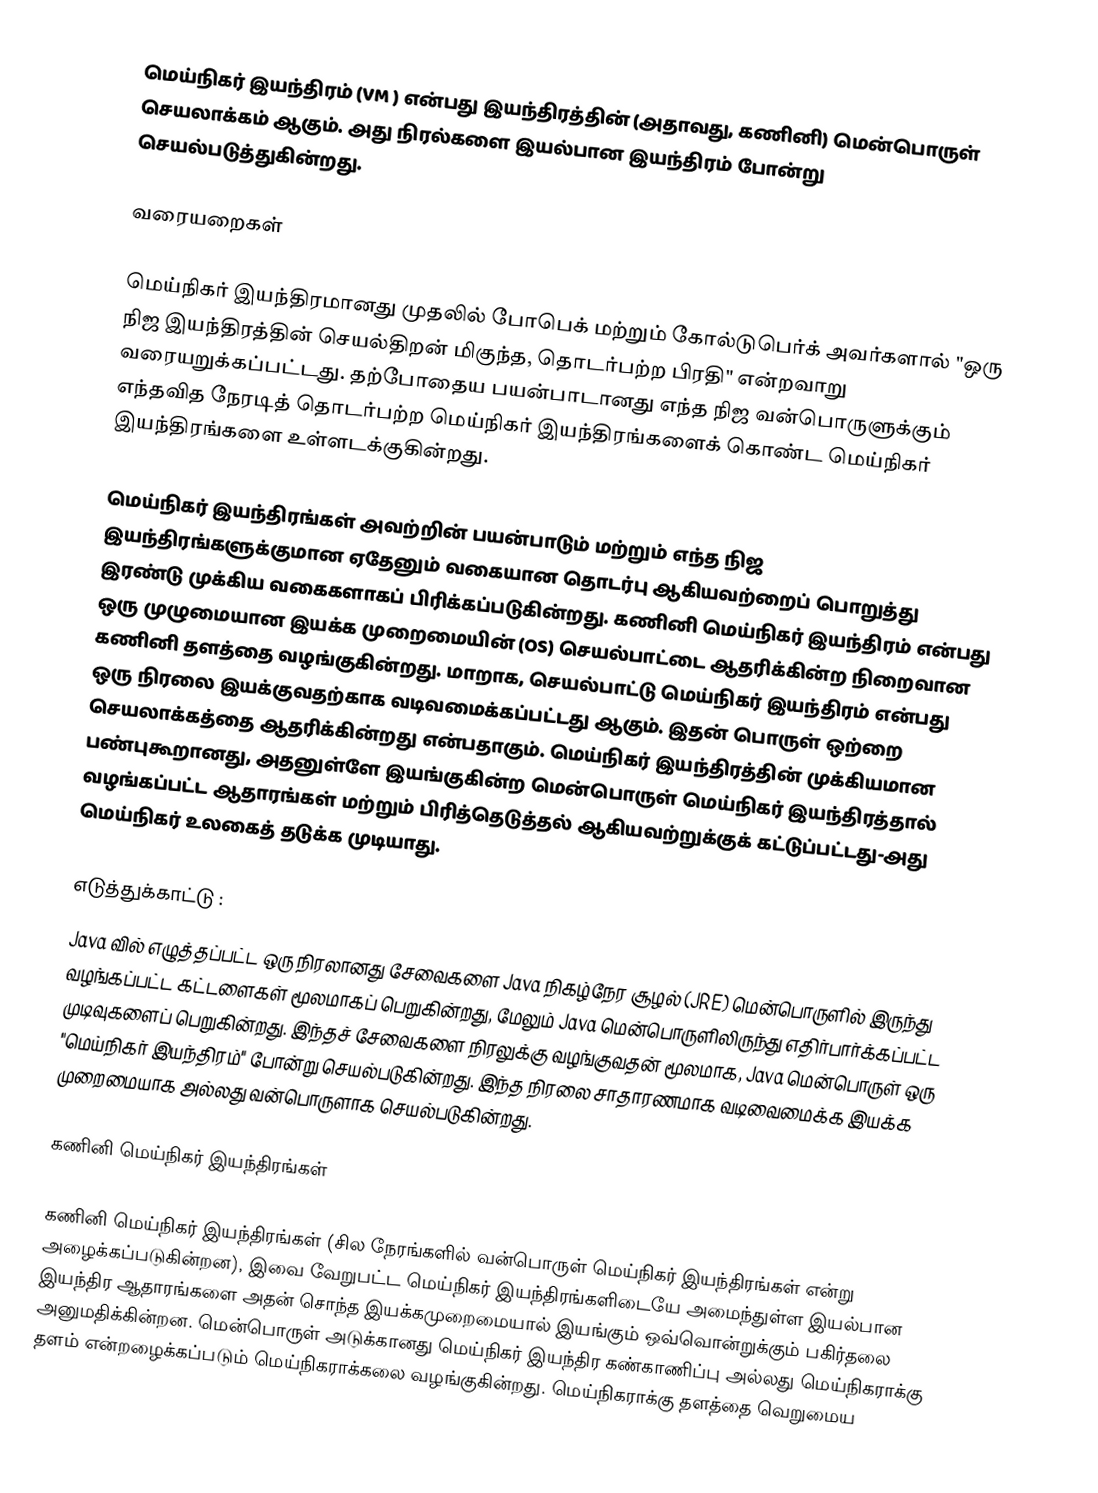
மெய்நிகர் இயந்திரம்  (VM ) என்பது இயந்திரத்தின் (அதாவது, கணினி) மென்பொருள் செயலாக்கம் ஆகும். அது நிரல்களை இயல்பான இயந்திரம் போன்று செயல்படுத்துகின்றது.

வரையறைகள்

மெய்நிகர் இயந்திரமானது முதலில் போபெக் மற்றும் கோல்டுபெர்க் அவர்களால் "ஒரு நிஜ இயந்திரத்தின் செயல்திறன் மிகுந்த, தொடர்பற்ற பிரதி" என்றவாறு வரையறுக்கப்பட்டது. தற்போதைய பயன்பாடானது எந்த நிஜ வன்பொருளுக்கும் எந்தவித நேரடித் தொடர்பற்ற மெய்நிகர் இயந்திரங்களைக் கொண்ட மெய்நிகர் இயந்திரங்களை உள்ளடக்குகின்றது.

மெய்நிகர் இயந்திரங்கள் அவற்றின் பயன்பாடும் மற்றும் எந்த நிஜ இயந்திரங்களுக்குமான ஏதேனும் வகையான தொடர்பு ஆகியவற்றைப் பொறுத்து இரண்டு முக்கிய வகைகளாகப் பிரிக்கப்படுகின்றது. கணினி மெய்நிகர் இயந்திரம் என்பது ஒரு முழுமையான இயக்க முறைமையின் (OS) செயல்பாட்டை ஆதரிக்கின்ற நிறைவான கணினி தளத்தை வழங்குகின்றது. மாறாக, செயல்பாட்டு மெய்நிகர் இயந்திரம் என்பது ஒரு நிரலை இயக்குவதற்காக வடிவமைக்கப்பட்டது ஆகும். இதன் பொருள் ஒற்றை செயலாக்கத்தை ஆதரிக்கின்றது என்பதாகும். மெய்நிகர் இயந்திரத்தின் முக்கியமான பண்புகூறானது, அதனுள்ளே இயங்குகின்ற மென்பொருள் மெய்நிகர் இயந்திரத்தால் வழங்கப்பட்ட ஆதாரங்கள் மற்றும் பிரித்தெடுத்தல் ஆகியவற்றுக்குக் கட்டுப்பட்டது-அது மெய்நிகர் உலகைத் தடுக்க முடியாது.

எடுத்துக்காட்டு :
Java வில் எழுத்தப்பட்ட ஒரு நிரலானது சேவைகளை Java நிகழ்நேர சூழல் (JRE) மென்பொருளில் இருந்து வழங்கப்பட்ட கட்டளைகள் மூலமாகப் பெறுகின்றது, மேலும் Java மென்பொருளிலிருந்து எதிர்பார்க்கப்பட்ட முடிவுகளைப் பெறுகின்றது. இந்தச் சேவைகளை நிரலுக்கு வழங்குவதன் மூலமாக, Java மென்பொருள் ஒரு "மெய்நிகர் இயந்திரம்" போன்று செயல்படுகின்றது. இந்த நிரலை சாதாரணமாக வடிவைமைக்க இயக்க முறைமையாக அல்லது வன்பொருளாக செயல்படுகின்றது.

கணினி மெய்நிகர் இயந்திரங்கள்

கணினி மெய்நிகர் இயந்திரங்கள் (சில நேரங்களில் வன்பொருள் மெய்நிகர் இயந்திரங்கள் என்று அழைக்கப்படுகின்றன), இவை வேறுபட்ட மெய்நிகர் இயந்திரங்களிடையே அமைந்துள்ள இயல்பான இயந்திர ஆதாரங்களை அதன் சொந்த இயக்கமுறைமையால் இயங்கும் ஒவ்வொன்றுக்கும் பகிர்தலை அனுமதிக்கின்றன. மென்பொருள் அடுக்கானது மெய்நிகர் இயந்திர கண்காணிப்பு அல்லது மெய்நிகராக்கு தளம் என்றழைக்கப்படும் மெய்நிகராக்கலை வழங்குகின்றது. மெய்நிகராக்கு தளத்தை வெறுமைய